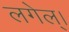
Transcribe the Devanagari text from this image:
लगेल्।